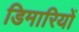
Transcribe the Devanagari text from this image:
डिमारियों